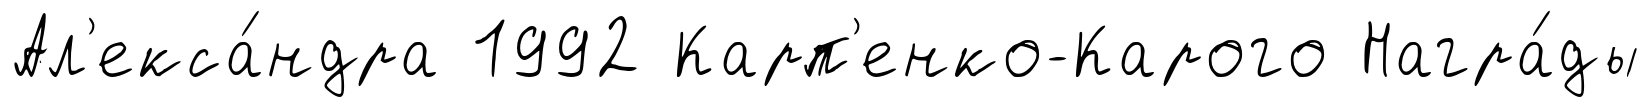
Ал'екса́ндра 1992 Карп'енко-Карого Награ́ды